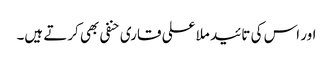
اور اس کی تائید ملا علی قاری حنفی بھی کرتے ہیں۔